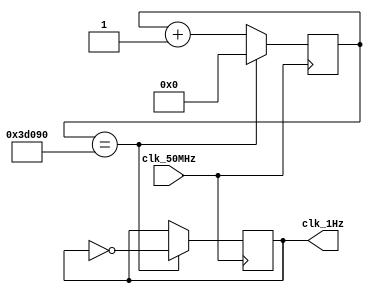
module div_freq(input clk_50MHz, output reg clk_1Hz);
	reg [24:0] res;
	always @(posedge clk_50MHz) begin
		res <= res + 1;
		if(res == 250000)
			begin	
				res <= 0;
				clk_1Hz <= !clk_1Hz;
			end
	end	
endmodule